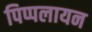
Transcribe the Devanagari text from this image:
पिप्पलायन